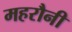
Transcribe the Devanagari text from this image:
महरौनी